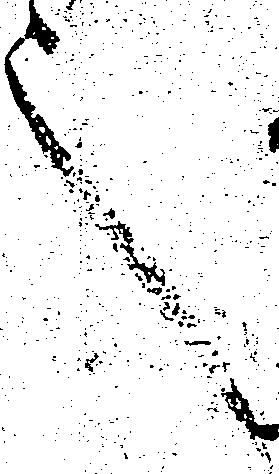
言